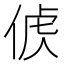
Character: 𠊤